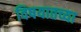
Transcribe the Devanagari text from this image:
विषयातच्या